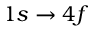
1 s \to 4 f